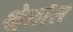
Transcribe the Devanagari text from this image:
श्वेतांत